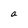
Character: a